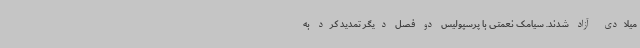
میلادی آزاد شدند. سیامک نعمتی با پرسپولیس دو فصل دیگر تمدید کرد به